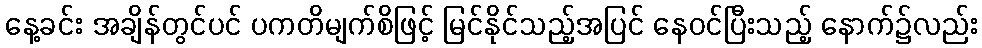
နေ့ခင်း အချိန်တွင်ပင် ပကတိမျက်စိဖြင့် မြင်နိုင်သည့်အပြင် နေဝင်ပြီးသည့် နောက်၌လည်း